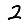
Digit: 2